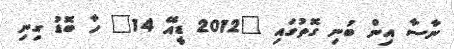
ނާސާ އިން ބުނި ގޮތުގައި "2012 ޑީއޭ 14" ހާ ބޮޑު ގިނި